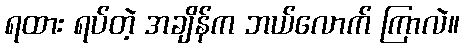
ရထား ရပ်တဲ့ အချိန်က ဘယ်လောက် ကြာလဲ။